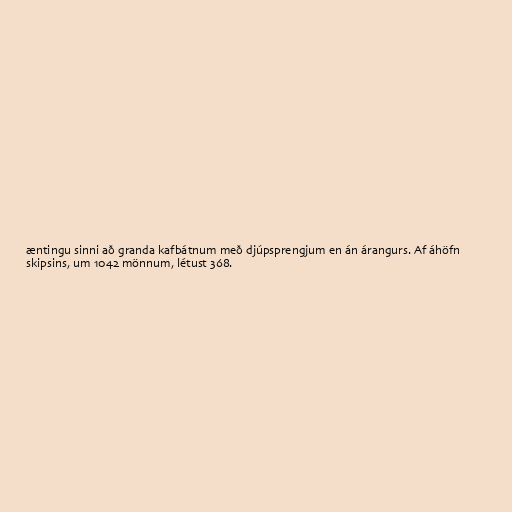
æntingu sinni að granda kafbátnum með djúpsprengjum en án árangurs. Af áhöfn
skipsins, um 1042 mönnum, létust 368.